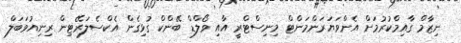
ނިޒާމް ގާއިމްކުރުމަށް އެންވަޔަރަންމަންޓް މިނިސްޓްރީ އާއި ވޯލްޑް ބޭންކް ގުޅިގެން އެކްސެލަރޭޓިން ރިނިއުވަބަލް